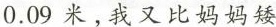
0.09米，我又比妈妈矮